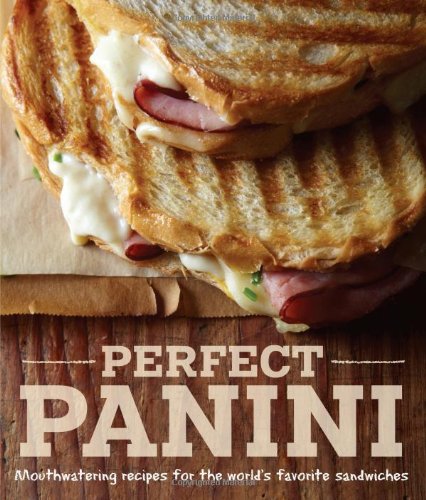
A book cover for Perfect Panini: Mouthwatering recipes for the world's favorite sandwiches; Jodi Liano; Cookbooks, Food & Wine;